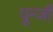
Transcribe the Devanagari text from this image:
पून्जी